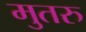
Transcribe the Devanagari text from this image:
मुतरु